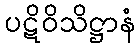
ပဋိဝိသိဋ္ဌာနံ